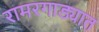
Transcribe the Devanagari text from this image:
रामरगाड्यात